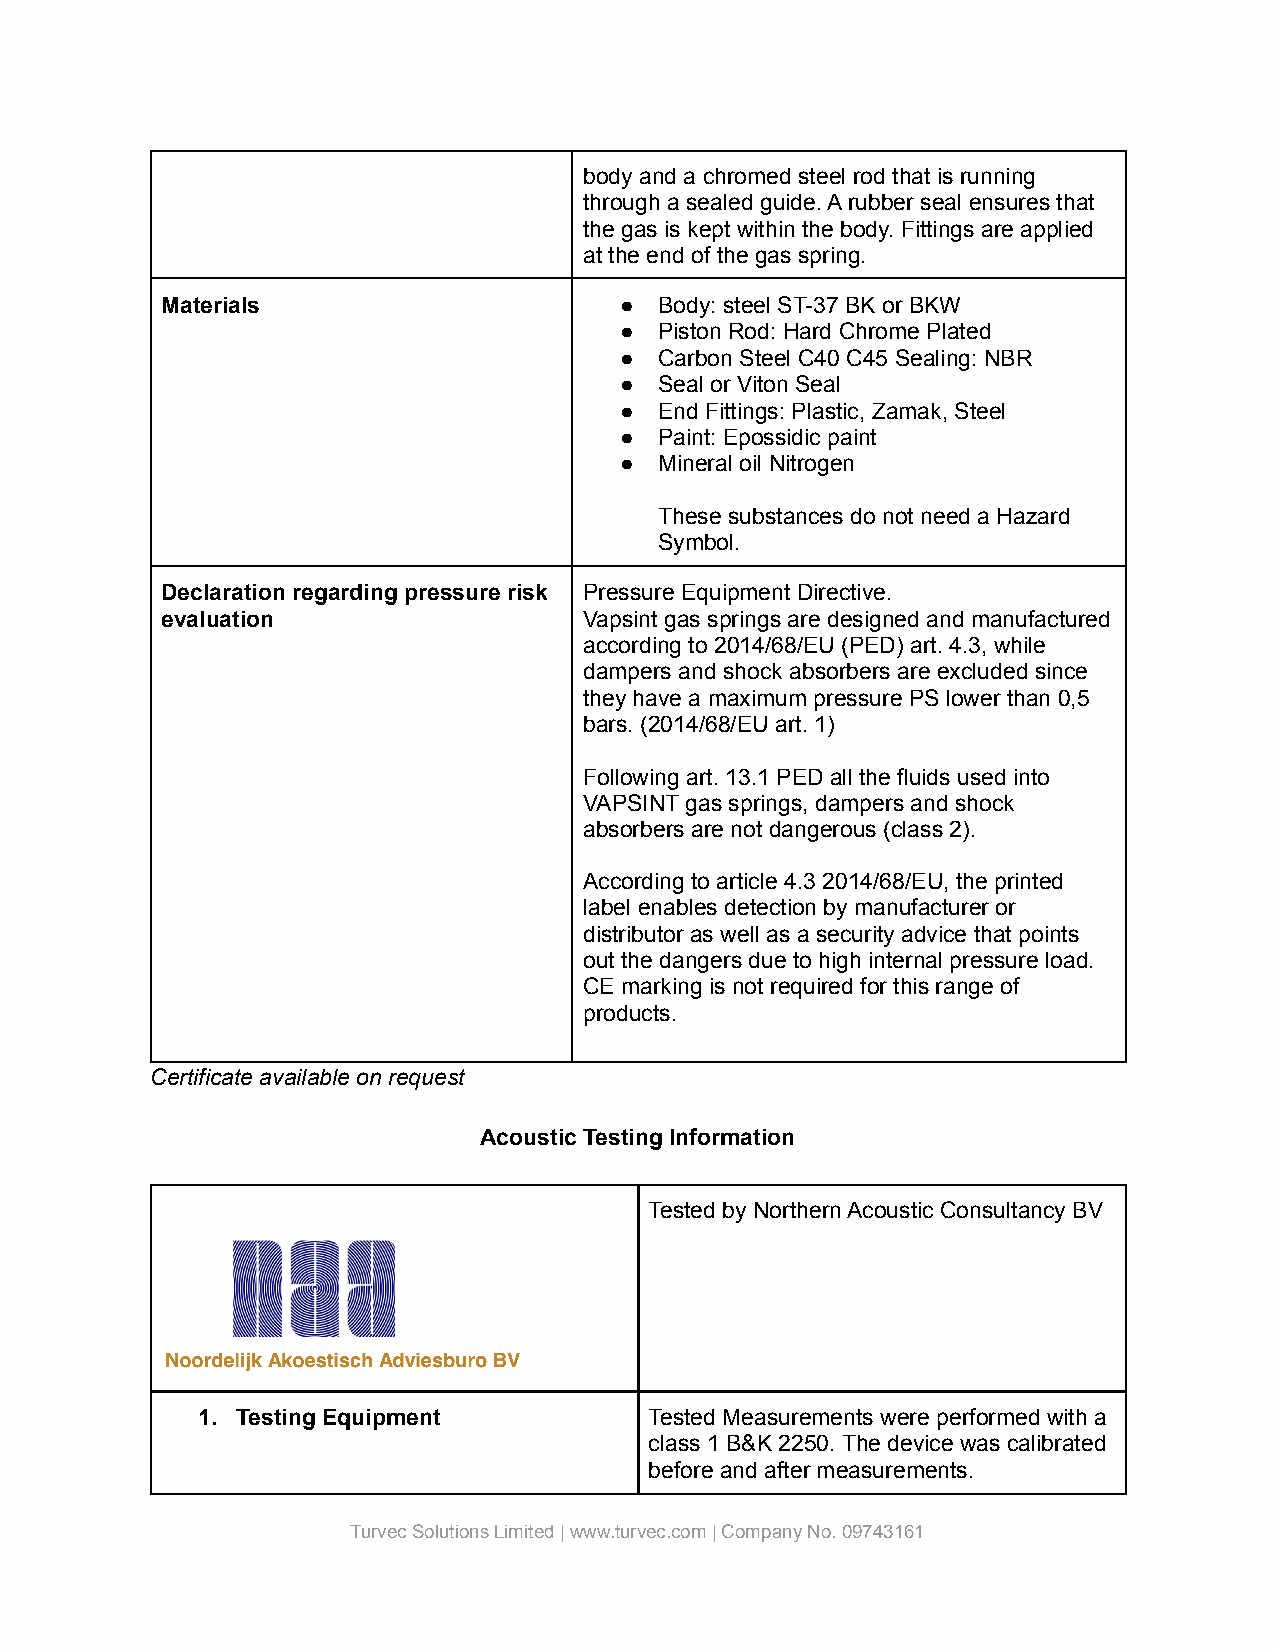
body and a chromed steel rod that is running
 through a sealed guide. A rubber seal ensures that
 the gas is kept within the body. Fittings are applied
 at the end of the gas spring.
 Materials                     ●  Body: steel ST-37 BK or BKW
 ●  Piston Rod: Hard Chrome Plated
 ●  Carbon Steel C40 C45 Sealing: NBR
 ●  Seal or Viton Seal
 ●  End Fittings: Plastic, Zamak, Steel
 ●  Paint: Epossidic paint
 ●  Mineral oil Nitrogen
 These substances do not need a Hazard
 Symbol.
 Declaration regarding pressure risk Pressure Equipment Directive.
 evaluation                  Vapsint gas springs are designed and manufactured
 according to 2014/68/EU (PED) art. 4.3, while
 dampers and shock absorbers are excluded since
 they have a maximum pressure PS lower than 0,5
 bars. (2014/68/EU art. 1)
 Following art. 13.1 PED all the fluids used into
 VAPSINT gas springs, dampers and shock
 absorbers are not dangerous (class 2).
 According to article 4.3 2014/68/EU, the printed
 label enables detection by manufacturer or
 distributor as well as a security advice that points
 out the dangers due to high internal pressure load.
 CE marking is not required for this range of
 products.
 Certificate available on request
 Acoustic Testing Information
 Tested by Northern Acoustic Consultancy BV
 1. Testing Equipment          Tested Measurements were performed with a
 class 1 B&K 2250. The device was calibrated
 before and after measurements.
 Turvec Solutions Limited |www.turvec.com| CompanyNo. 09743161